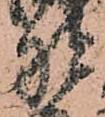
野